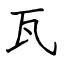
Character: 瓦